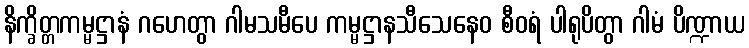
နိက္ခိတ္တကမ္မဋ္ဌာနံ ဂဟေတွာ ဂါမသမီပေ ကမ္မဋ္ဌာနသီသေနေဝ စီဝရံ ပါရုပိတွာ ဂါမံ ပိဏ္ဍာယ